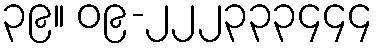
၃၉။ ၀၉-၂၂၂၃၃၃၄၄၄